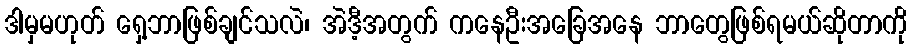
ဒါမှမဟုတ် ရှေ့ဘာဖြစ်ချင်သလဲ၊ အဲဒီ့အတွက် ကနေဦးအခြေအနေ ဘာတွေဖြစ်ရမယ်ဆိုတာကို